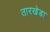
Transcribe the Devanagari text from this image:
तारखेडा